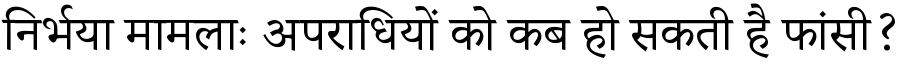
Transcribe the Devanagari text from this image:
निर्भया मामलाः अपराधियों को कब हो सकती है फांसी?